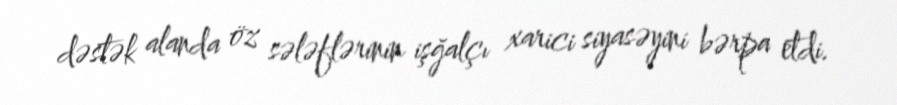
dəstək alanda öz sələflərinin işğalçı xarici siyasəyini bərpa etdi.